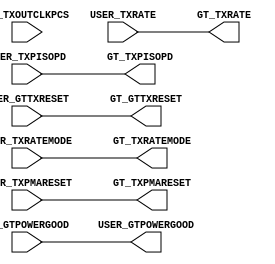
//------------------------------------------------------------------------------
//  (c) Copyright 2013-2015 Xilinx, Inc. All rights reserved.
//
//  This file contains confidential and proprietary information
//  of Xilinx, Inc. and is protected under U.S. and
//  international copyright and other intellectual property
//  laws.
//
//  DISCLAIMER
//  This disclaimer is not a license and does not grant any
//  rights to the materials distributed herewith. Except as
//  otherwise provided in a valid license issued to you by
//  Xilinx, and to the maximum extent permitted by applicable
//  law: (1) THESE MATERIALS ARE MADE AVAILABLE "AS IS" AND
//  WITH ALL FAULTS, AND XILINX HEREBY DISCLAIMS ALL WARRANTIES
//  AND CONDITIONS, EXPRESS, IMPLIED, OR STATUTORY, INCLUDING
//  BUT NOT LIMITED TO WARRANTIES OF MERCHANTABILITY, NON-
//  INFRINGEMENT, OR FITNESS FOR ANY PARTICULAR PURPOSE; and
//  (2) Xilinx shall not be liable (whether in contract or tort,
//  including negligence, or under any other theory of
//  liability) for any loss or damage of any kind or nature
//  related to, arising under or in connection with these
//  materials, including for any direct, or any indirect,
//  special, incidental, or consequential loss or damage
//  (including loss of data, profits, goodwill, or any type of
//  loss or damage suffered as a result of any action brought
//  by a third party) even if such damage or loss was
//  reasonably foreseeable or Xilinx had been advised of the
//  possibility of the same.
//
//  CRITICAL APPLICATIONS
//  Xilinx products are not designed or intended to be fail-
//  safe, or for use in any application requiring fail-safe
//  performance, such as life-support or safety devices or
//  systems, Class III medical devices, nuclear facilities,
//  applications related to the deployment of airbags, or any
//  other applications that could lead to death, personal
//  injury, or severe property or environmental damage
//  (individually and collectively, "Critical
//  Applications"). Customer assumes the sole risk and
//  liability of any use of Xilinx products in Critical
//  Applications, subject only to applicable laws and
//  regulations governing limitations on product liability.
//
//  THIS COPYRIGHT NOTICE AND DISCLAIMER MUST BE RETAINED AS
//  PART OF THIS FILE AT ALL TIMES.
//------------------------------------------------------------------------------

// ***************************
// * DO NOT MODIFY THIS FILE *
// ***************************

`timescale 1ps/1ps

module gtwizard_ultrascale_v1_7_13_gtye4_delay_powergood # (
  parameter C_USER_GTPOWERGOOD_DELAY_EN = 0,
  parameter C_PCIE_ENABLE = "FALSE"
)(
  input wire GT_TXOUTCLKPCS,

  input wire GT_GTPOWERGOOD,
  input wire [2:0] USER_TXRATE,
  input wire USER_TXRATEMODE,
  input wire USER_GTTXRESET,
  input wire USER_TXPMARESET,
  input wire USER_TXPISOPD,

  output wire USER_GTPOWERGOOD,
  output wire [2:0] GT_TXRATE,
  output wire GT_TXRATEMODE,
  output wire GT_GTTXRESET,
  output wire GT_TXPMARESET,
  output wire GT_TXPISOPD
);

generate if (C_PCIE_ENABLE || (C_USER_GTPOWERGOOD_DELAY_EN == 0))
begin : gen_powergood_nodelay
  assign GT_TXPISOPD      = USER_TXPISOPD;
  assign GT_GTTXRESET     = USER_GTTXRESET;
  assign GT_TXPMARESET    = USER_TXPMARESET;
  assign GT_TXRATE        = USER_TXRATE;
  assign GT_TXRATEMODE    = USER_TXRATEMODE;
  assign USER_GTPOWERGOOD = GT_GTPOWERGOOD;
end
else
begin: gen_powergood_delay
  (*  ASYNC_REG = "TRUE", SHREG_EXTRACT = "NO" *) reg [4:0] intclk_rrst_n_r = 5'd0;
  (*  ASYNC_REG = "TRUE", SHREG_EXTRACT = "NO" *) reg [8:0] wait_cnt;
  (*  ASYNC_REG = "TRUE", SHREG_EXTRACT = "NO" *) (* KEEP = "TRUE" *) reg int_pwr_on_fsm = 1'b0;
  (*  ASYNC_REG = "TRUE", SHREG_EXTRACT = "NO" *) (* KEEP = "TRUE" *) reg pwr_on_fsm = 1'b0;
  wire intclk_rrst_n;
  
  //--------------------------------------------------------------------------
  //  POWER ON FSM Encoding
  //-------------------------------------------------------------------------- 
  localparam PWR_ON_WAIT_CNT           = 4'd0;
  localparam PWR_ON_DONE               = 4'd1; 
  
  //--------------------------------------------------------------------------------------------------
  //  Reset Synchronizer
  //--------------------------------------------------------------------------------------------------
  always @ (posedge GT_TXOUTCLKPCS or negedge GT_GTPOWERGOOD)
  begin
      if (!GT_GTPOWERGOOD)
          intclk_rrst_n_r <= 5'd0;
      else if(!int_pwr_on_fsm)
          intclk_rrst_n_r <= {intclk_rrst_n_r[3:0], 1'd1}; 
  end

  assign intclk_rrst_n = intclk_rrst_n_r[4];

  //--------------------------------------------------------------------------------------------------
  //  Wait counter 
  //--------------------------------------------------------------------------------------------------
  always @ (posedge GT_TXOUTCLKPCS)
  begin
    if (!intclk_rrst_n)
    	wait_cnt <= 9'd0;
    else begin
    	if (int_pwr_on_fsm == PWR_ON_WAIT_CNT)
    		wait_cnt <= {wait_cnt[7:0],1'b1};
    	else
    		wait_cnt <= wait_cnt;
    end
  end

  //--------------------------------------------------------------------------------------------------
  // Power On FSM
  //--------------------------------------------------------------------------------------------------

  always @ (posedge GT_TXOUTCLKPCS or negedge GT_GTPOWERGOOD)
  begin
    if (!GT_GTPOWERGOOD)
    begin
      int_pwr_on_fsm <= PWR_ON_WAIT_CNT;
    end
    else begin
      case (int_pwr_on_fsm)
        PWR_ON_WAIT_CNT :
          begin
            int_pwr_on_fsm <= (wait_cnt[7] == 1'b1) ? PWR_ON_DONE : PWR_ON_WAIT_CNT;
          end 

        PWR_ON_DONE :
          begin
            int_pwr_on_fsm <= PWR_ON_DONE;
          end

        default :
        begin
          int_pwr_on_fsm <= PWR_ON_WAIT_CNT;
        end
      endcase
    end
  end

  always @(posedge GT_TXOUTCLKPCS)
    pwr_on_fsm <= int_pwr_on_fsm;

  assign GT_TXPISOPD      = pwr_on_fsm ? USER_TXPISOPD : 1'b1;
  assign GT_GTTXRESET     = pwr_on_fsm ? USER_GTTXRESET : !GT_GTPOWERGOOD;
  assign GT_TXPMARESET    = pwr_on_fsm ? USER_TXPMARESET : 1'b0;
  assign GT_TXRATE        = pwr_on_fsm ? USER_TXRATE : 3'b001;
  assign GT_TXRATEMODE    = pwr_on_fsm ? USER_TXRATEMODE : 1'b1;
  assign USER_GTPOWERGOOD = pwr_on_fsm; 

end
endgenerate

endmodule